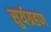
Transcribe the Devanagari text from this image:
सुर्यग्रहण